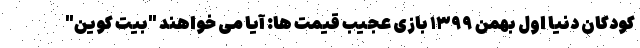
کودکان دنیا اول بهمن ۱۳۹۹ بازی عجیب قیمت ها: آیا می خواهند "بیت کوین"